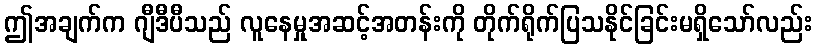
ဤအချက်က ဂျီဒီပီသည် လူနေမှုအဆင့်အတန်းကို တိုက်ရိုက်ပြသနိုင်ခြင်းမရှိသော်လည်း